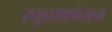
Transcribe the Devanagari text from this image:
रघुनाथपंताचा